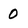
Character: 0